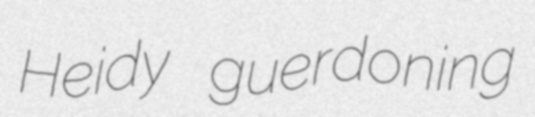
Heidy guerdoning